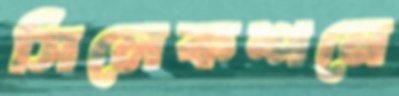
সিলেকশনে